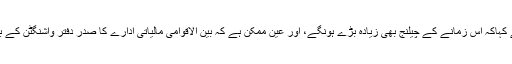
اس موقع پر انہوں نے کہاکہ اس زمانے کے چیلنج بھی زیادہ بڑے ہونگے، اور عین ممکن ہے کہ بین الاقوامی مالیاتی ادارے کا صدر دفتر واشنگٹن کے بجائے بیجنگ میں ہو۔